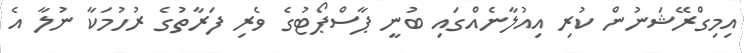
އިމިގްރޭޝަނުން ކުރި އިއުލާނެއްގައި ބުނީ ޕާސްޕޯޓުގެ ވެރި ފަރާތުގެ ރުހުމަކާ ނުލާ އެ